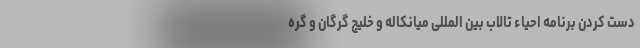
دست کردن برنامه احیاء تالاب بین المللی میانکاله و خلیج گرگان و گره